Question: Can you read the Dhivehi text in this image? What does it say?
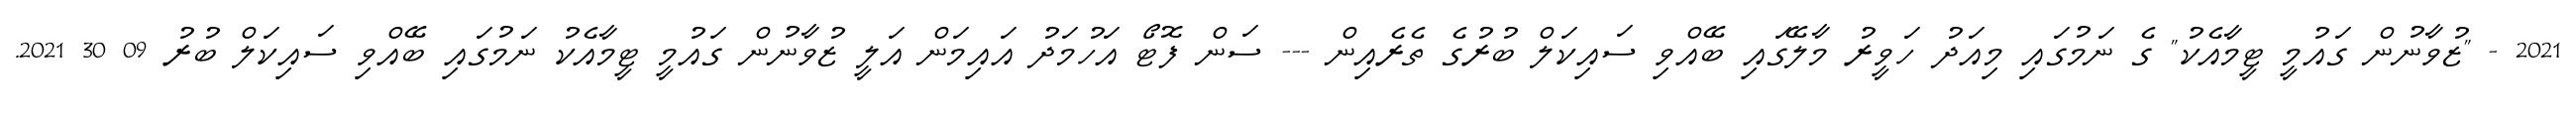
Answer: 2021 - "ޒުވާނުން ގައުމީ ޓީމާއެކު" ގެ ނަމުގައި މިއަދު ހަވީރު މާލޭގައި ބޭއްވި ސައިކަލް ބުރުގެ ތެރެއިން --- ސަން ފޮޓޯ އަހުމަދު އައިމަން އަލީ ޒުވާނުން ގައުމީ ޓީމާއެކު ނަމުގައި ބޭއްވި ސައިކަލް ބުރު 09 30 2021.